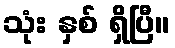
သုံး နှစ် ရှိပြီ။